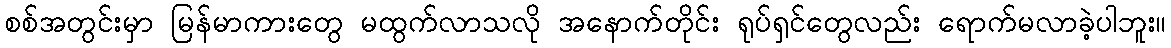
စစ်အတွင်းမှာ မြန်မာကားတွေ မထွက်လာသလို အနောက်တိုင်း ရုပ်ရှင်တွေလည်း ရောက်မလာခဲ့ပါဘူး။